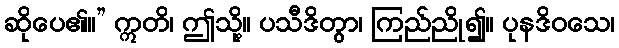
ဆိုပေ၏။” ဣတိ၊ ဤသို့။ ပသီဒိတွာ၊ ကြည်ညို၍။ ပုနဒိဝသေ၊